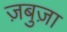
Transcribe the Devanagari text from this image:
ज़बुज़ा